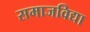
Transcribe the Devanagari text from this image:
समाजविद्या